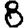
Digit: 8